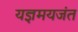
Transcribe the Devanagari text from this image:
यज्ञमयजंत